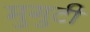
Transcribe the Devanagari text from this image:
मुगुटीं